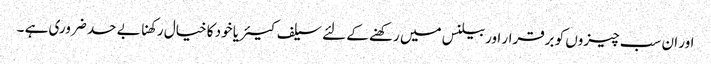
اور ان سب چیزوں کو برقرار اوربیلنس میں رکھنے کے لئے سیلف کیئر یا خود کا خیال رکھنا بے حد ضروری ہے ۔